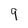
Character: 9